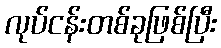
လုပ်ငန်းတစ်ခုဖြစ်ပြီး